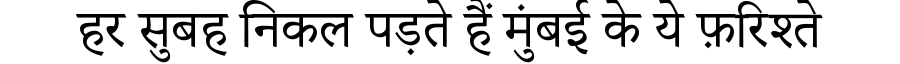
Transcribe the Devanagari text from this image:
हर सुबह निकल पड़ते हैं मुंबई के ये फ़रिश्ते